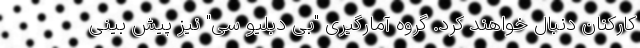
کارکنان دنبال خواهند کرد. گروه آمارگیری "بی دبلیو سی" نیز پیش بینی